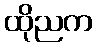
ထိုညက